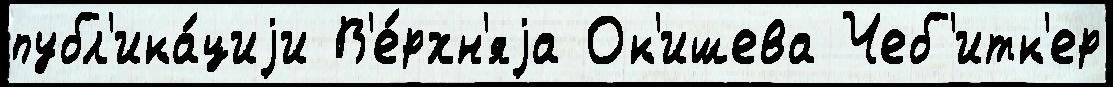
публ'ика́циjи В'е́рхн'яjа Ок'ишева Чеб'итк'ер